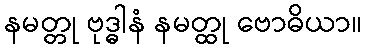
နမတ္တု ဗုဒ္ဓါနံ နမတ္ထု ဗောဓိယာ။